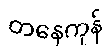
တနေကုန်